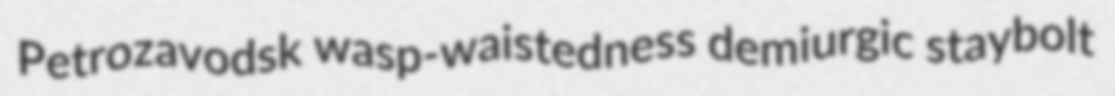
Petrozavodsk wasp-waistedness demiurgic staybolt